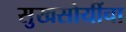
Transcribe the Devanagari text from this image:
सुखसोयींचा